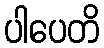
ပါပေတိ